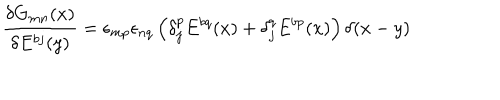
LaTeX: \frac { \delta G _ { m n } ( x ) } { \delta E ^ { b j } ( y ) } = \epsilon _ { m p } \epsilon _ { n q } \left( \delta _ { j } ^ { p } E ^ { b q } ( x ) + \delta _ { j } ^ { q } E ^ { b p } ( x ) \right) \delta ( x - y )